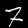
Digit: 7